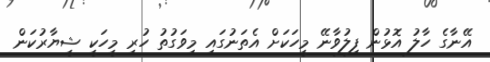
އޭނާގެ ހާލު އޮޅުން ފިލުވާނޭ މީހަކަށް އެތަނުގައި މިވަގުތު ހުރި މީހަކީ ޝީޔާރުކަން